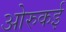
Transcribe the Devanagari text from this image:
ओरुकई